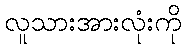
လူသားအားလုံးကို